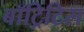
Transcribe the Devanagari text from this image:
बॉट्रिटिस